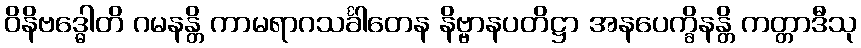
ဝိနိဗဒ္ဓေါတိ ဂမနန္တိ ကာမရာဂသင်္ခါတေန နိဗ္ဗာနပတိဋ္ဌာ အနပေက္ခိနန္တိ ကတ္တာဒီသု